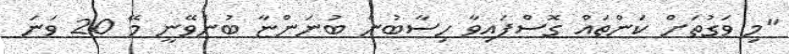
"މި ވަގުތަށް ކަންތައް ގޮސްފައިވާ ހިސާބުން ބުނަންޏާ ބުނެވޭނީ މޭ 20 ވަނަ